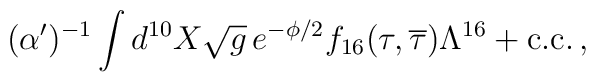
(\alpha')^{-1} \int d^{10}X \sqrt g \, e^{-\phi/2} f_{16}(\tau,\overline{\tau})  \Lambda^{16}   + \mbox{c.c.} \, ,